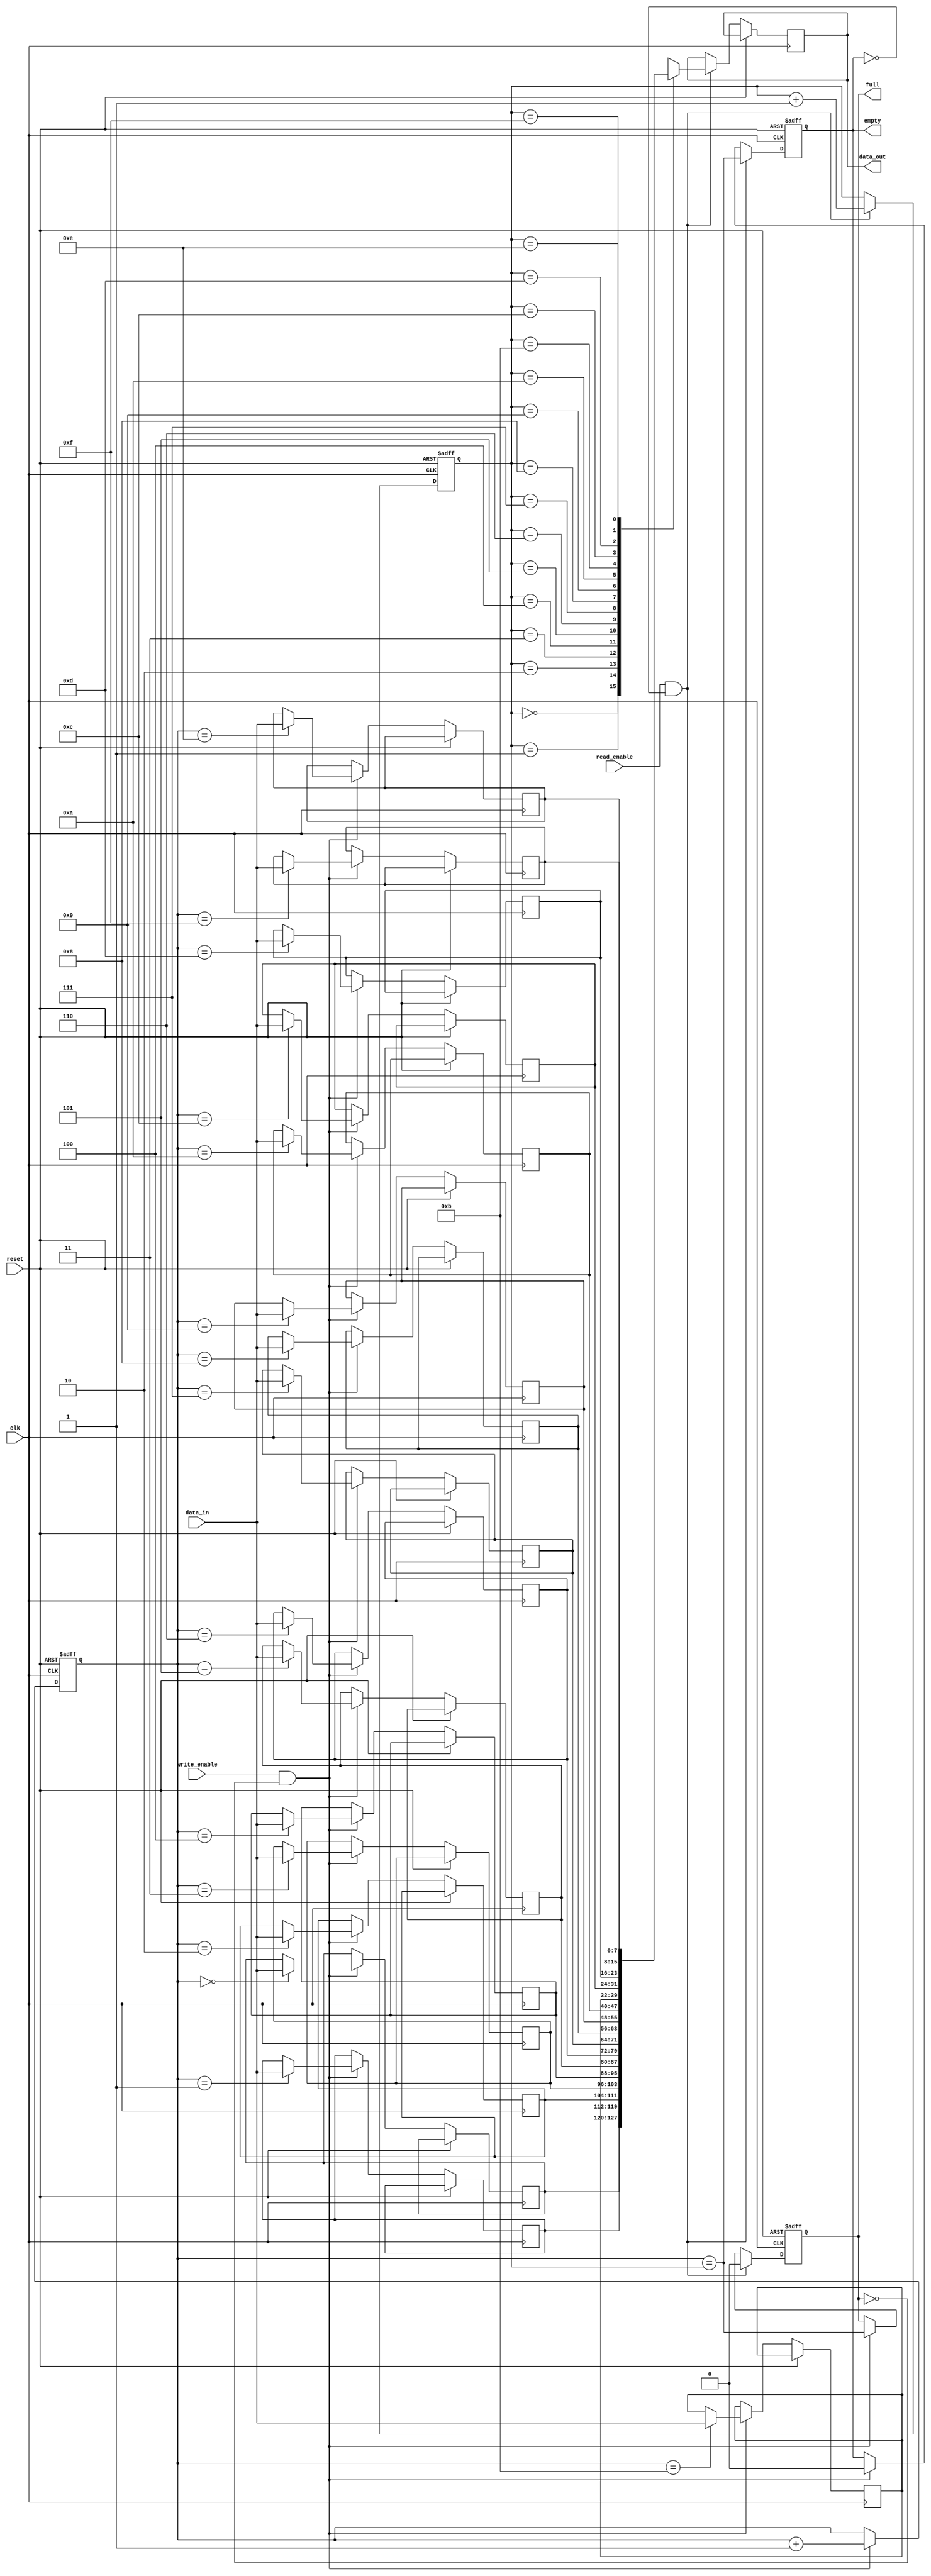
module bidirectional_fifo #(
  parameter DEPTH = 16 // FIFO depth
)(
  input wire clk, // Clock signal
  input wire reset, // Reset signal
  input wire write_enable, // Write enable signal
  input wire read_enable, // Read enable signal
  input wire [7:0] data_in, // Input data
  output reg full, // FIFO full flag
  output reg empty, // FIFO empty flag
  output reg [7:0] data_out // Output data
);

reg [7:0] fifo_mem [0:DEPTH-1]; // FIFO memory

reg [3:0] write_ptr = 4'b0000; // Write pointer
reg [3:0] read_ptr = 4'b0000; // Read pointer

always @(posedge clk or posedge reset) begin
  if (reset) begin
    full <= 0;
    empty <= 1;
    write_ptr <= 4'b0000;
    read_ptr <= 4'b0000;
  end else begin
    if (write_enable && !full) begin
      fifo_mem[write_ptr] <= data_in;
      write_ptr <= write_ptr + 1;
      full <= (write_ptr == read_ptr);
      empty <= 0;
    end

    if (read_enable && !empty) begin
      data_out <= fifo_mem[read_ptr];
      read_ptr <= read_ptr + 1;
      empty <= (write_ptr == read_ptr);
      full <= 0;
    end
  end
end

endmodule